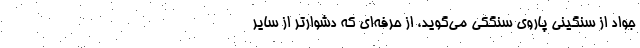
جواد از سنگيني پاروي سنگكي مي‌گويد، از حرفه‌اي كه دشوارتر از ساير